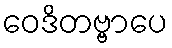
ဝေဒိတဗ္ဗာပေ